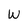
Character: W